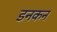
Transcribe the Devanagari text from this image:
डनकन